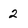
Character: 2